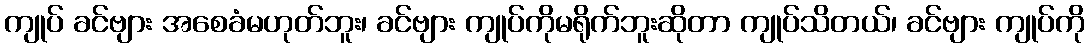
ကျုပ် ခင်ဗျား အစေခံမဟုတ်ဘူး၊ ခင်ဗျား ကျုပ်ကိုမရိုက်ဘူးဆိုတာ ကျုပ်သိတယ်၊ ခင်ဗျား ကျုပ်ကို